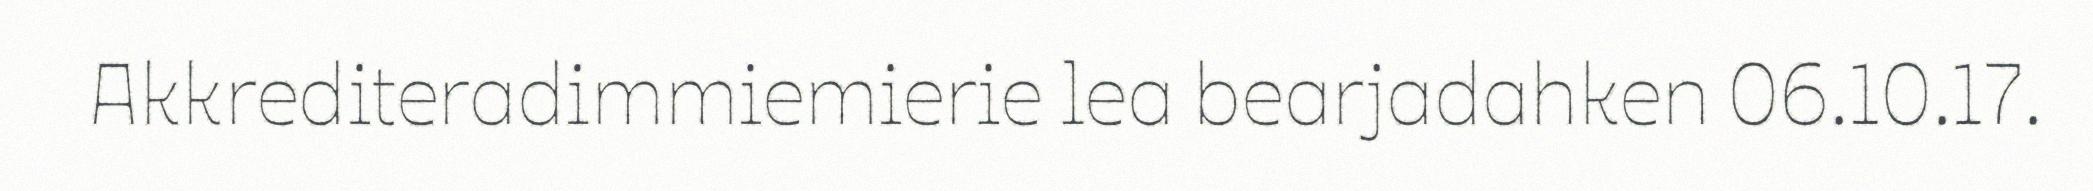
Akkrediteradimmiemierie lea bearjadahken 06.10.17.